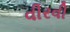
વીરવી